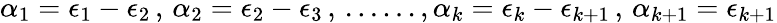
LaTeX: \alpha_{1}=\epsilon_{1}-\epsilon_{2}\, ,\, \alpha_{2}=\epsilon_{2}-\epsilon_{3}\, ,\, ......,\alpha_{k}=\epsilon_{k}-\epsilon_{k+1}\, ,\, \alpha_{k+1}=\epsilon_{k+1}